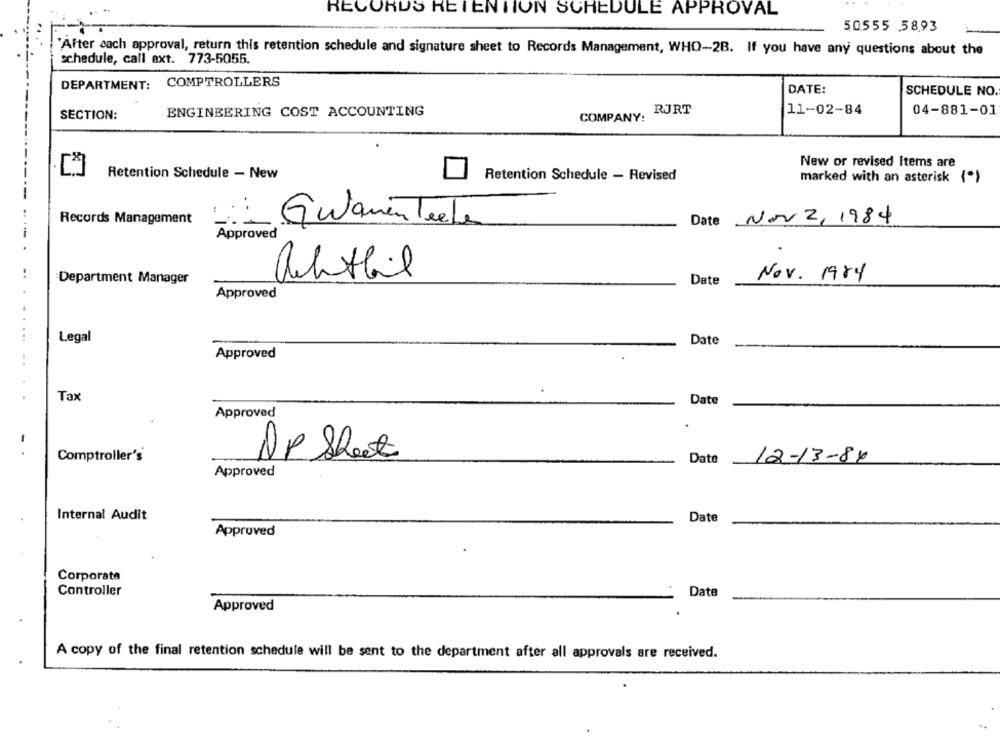
RECORDS RETENTION SCHEDULE APPROVAL
50.555 5893
"After each approval, return this retention schedule and signature sheet to Records Management, WHO-2B. If you have any questions about the
schedule, call ext. 773-5055.
DEPARTMENT: COMPTROLLERS
DATE:
SCHEDULE NO.
RJRT
11-02-84
04-881-01
SECTION:
ENGINEERING COST ACCOUNTING
COMPANY:
New or revised Items are
Retention Schedule - New
Retention Schedule - Revised
marked with an asterisk (*)
-----
Records Management
Date Nov 2, 1984
Guamenteele
Approved
achtbil
Department Manager
Date
Nov. 1984
Approved
Legal
Date
Approved
..........
. .
Tax
Date
Approved
- .
Comptroller's
DP Sheet
Date
12-13-84
Approved
Internal Audit
Date
Approved
Corporate
Controller
Date
Approved
A copy of the final retention schedule will be sent to the department after all approvals are received.